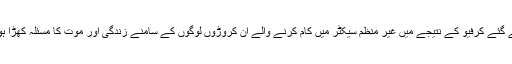
لیکن ایک دوسری اور زیادہ تلخ حقیقت یہ ہے کے ملک گیر سطح پر نافذ کئے گئے کرفیو کے نتیجے میں غیر منظم سیکٹر میں کام کرنے والے ان کروڑوں لوگوں کے سامنے زندگی اور موت کا مسئلہ کھڑا ہوگیا ہے جو روز کنواں کھودتے ہیں اور اس میں سے زندگی کشید کرتے ہیں۔